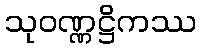
သုဝဏ္ဏဋ္ဌိကဿ